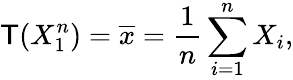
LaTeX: \mathsf{T}(X_{1}^{n})={\overline{{{x}}}}={\frac{{1}}{{n}}}\sum_{i=1}^{n}X_{i},